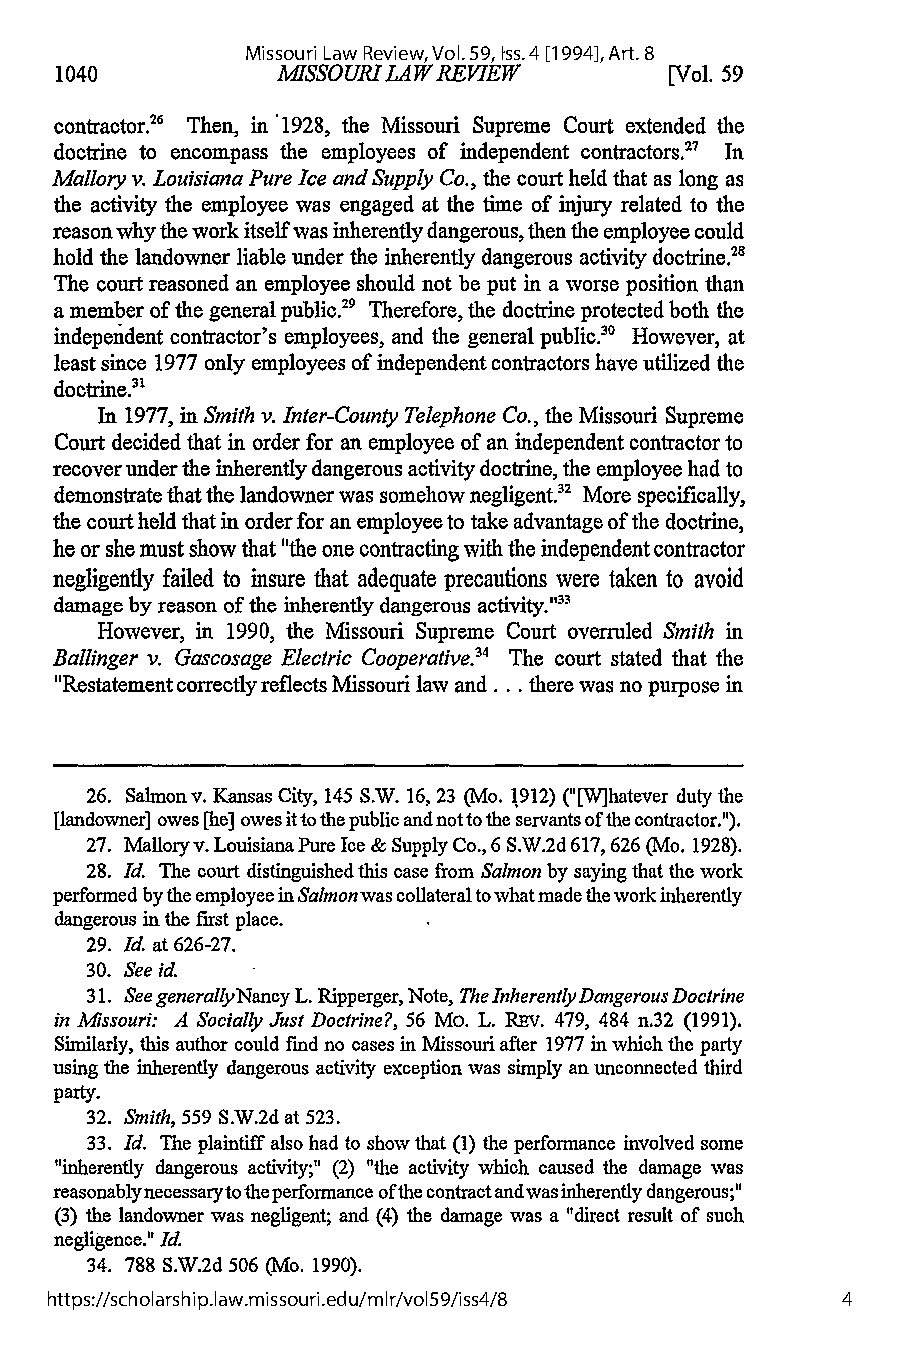
Missouri Law Review, Vol. 59, Iss. 4 [1994], Art. 8
 1040          MISSOURI LAW REVIEW       [Vol. 59
 contractor.26 Then, in 1928, the Missouri Supreme Court extended the
 doctrine to encompass the employees of independent contractors.27 In
 Mallory v. Louisiana Pure Ice and Supply Co., the court held that as long as
 the activity the employee was engaged at the time of injury related to the
 reason why the work itself was inherently dangerous, then the employee could
 hold the landowner liable under the inherently dangerous activity doctrine.28
 The court reasoned an employee should not be put in a worse position than
 a member of the general public.29 Therefore, the doctrine protected both the
 independent contractor's employees, and the general public.3" However, at
 least since 1977 only employees of independent contractors have utilized the
 doctrine.31
 In 1977, in Smith v. Inter-County Telephone Co., the Missouri Supreme
 Court decided that in order for an employee of an independent contractor to
 recover under the inherently dangerous activity doctrine, the employee had to
 demonstrate that the landowner was somehow negligent.32 More specifically,
 the court held that in order for an employee to take advantage of the doctrine,
 he or she must show that "the one contracting with the independent contractor
 negligently failed to insure that adequate precautions were taken to avoid
 damage by reason of the inherently dangerous activity."33
 However, in 1990, the Missouri Supreme Court overruled Smith in
 Ballinger v. Gascosage Electric Cooperative.4 The court stated that the
 "Restatement correctly reflects Missouri law and.., there was no purpose in
 26. Salmonv. Kansas City, 145 S.W. 16, 23 (Mo. 1912) ("[W]hatever duty the
 [landowner] owes [he] owes it to the public and not to the servants of the contractor.").
 27. Malloryv. Louisiana Pure Ice & Supply Co., 6 S.W.2d 617,626 (Mo. 1928).
 28. Id. The court distinguished this case from Salmon by saying that the work
 performed by the employee in Salmon was collateral to what made the work inherently
 dangerous in the first place.
 29. Id. at 626-27.
 30. See id.
 31. See generallyNancy L. Ripperger, Note, The InherentlyD angerousD octrine
 in Missouri: A Socially Just Doctrine?, 56 Mo. L. REv. 479, 484 n.32 (1991).
 Similarly, this author could find no cases in Missouri after 1977 in which the party
 using the inherently dangerous activity exception was simply an unconnected third
 party.
 32. Smith, 559 S.W.2d at 523.
 33. Id. The plaintiff also had to show that (1) the performance involved some
 "inherently dangerous activity;" (2) "the activity which caused the damage was
 reasonablynecessaryto the performance of the contract andwas inherently dangerous;"
 (3) the landowner was negligent; and (4) the damage was a "direct result of such
 negligence." Id.
 34. 788 S.W.2d 506 (Mo. 1990).
 https://scholarship.law.missouri.edu/mlr/vol59/iss4/8 4